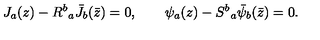
J _ { a } ( z ) - { R ^ { b } } _ { a } { \bar { J } } _ { b } ( \bar { z } ) = 0 , \qquad \psi _ { a } ( z ) - { S ^ { b } } _ { a } { \bar { \psi } } _ { b } ( \bar { z } ) = 0 .